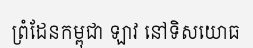
ព្រំដែនកម្ពុជា ឡាវ នៅទិសយោធ